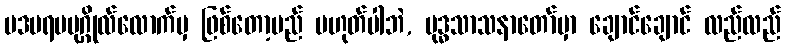
ပဒပရမပုဂ္ဂိုလ်လောက်မှ ဖြစ်တော့မည် မဟုတ်ပါဘဲ, ဗုဒ္ဓသာသနာတော်မှာ ချောင်ချောင် လည်လည်